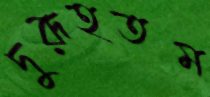
দুরূহতম